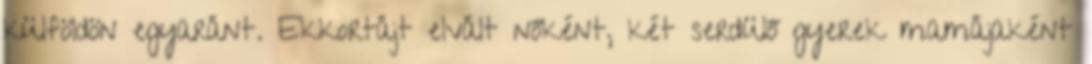
külföldön egyaránt. Ekkortájt elvált nőként, két serdülő gyerek mamájaként